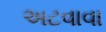
અટવાવા